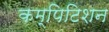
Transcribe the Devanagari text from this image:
कम्पिटिशन